Leaving Certificate Examination, 1925
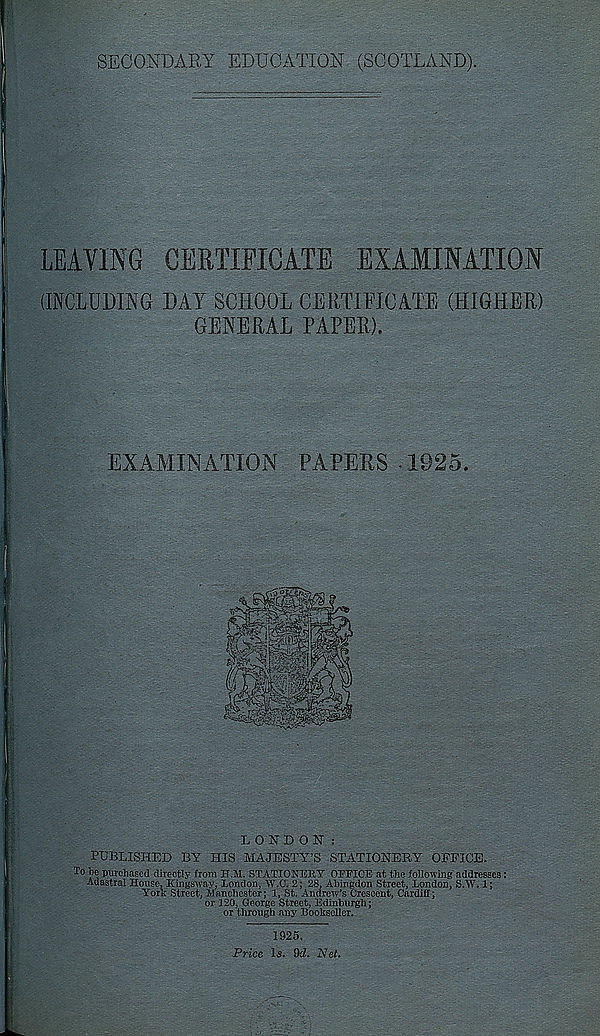
SECONDARY EDUCATION (SCOTLAND).
LEAVING CERTIFICATE EXAMINATION
(INCLUDING DAT SCHOOL CERTIFICATE (HIGHER)
GENERAL PAPER).
EXAMINATION PAPERS-1925.
LONDON:
PUBLISHED BY HIS MAJESTY’S STATIONERY OFEICE.
To Je purchased directly from H.M. STATION UK Y OFFICE at the following addresses:
Adastral House, Kingsway, London, W.C. 2; 28, Abingdon Street, London, SAY, 1;
York Street, Manchester; 1, St. Andrew’s Crescent, Cardiff;
or 120, George Street, Edinburgh;
or through any Bookseller.
1925.
Price Is. 9d. Net,